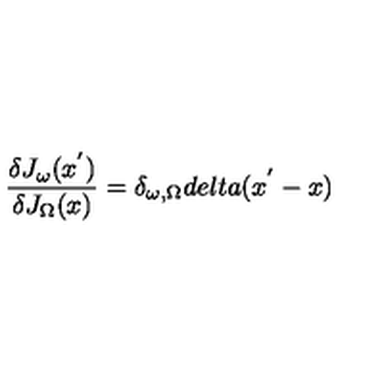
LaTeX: \frac { \delta J _ { \omega } ( x ^ { ' } ) } { \delta J _ { \Omega } ( x ) } = \delta _ { \omega , \Omega } d e l t a ( x ^ { ' } - x )